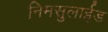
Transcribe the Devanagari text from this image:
निमसुलाईड